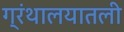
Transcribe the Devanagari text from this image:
ग्रंथालयातली